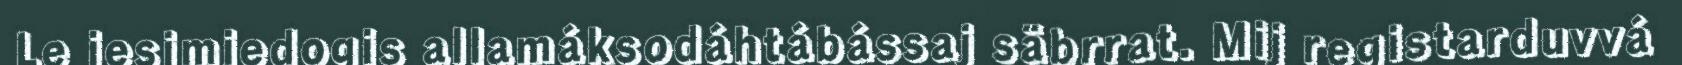
Le iesjmiedogis allamáksodáhtábássaj säbrrat. Mij registarduvvá